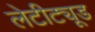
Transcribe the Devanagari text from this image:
लेटीट्यूड